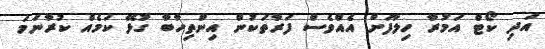
އަދި ކޯޓް އަމުރާ ހިލާފަށް އެއްވެސް ފަރާތަކުން އިންތިހާބާ ގުޅޭ ކަމެއް ކުރާނަމަ